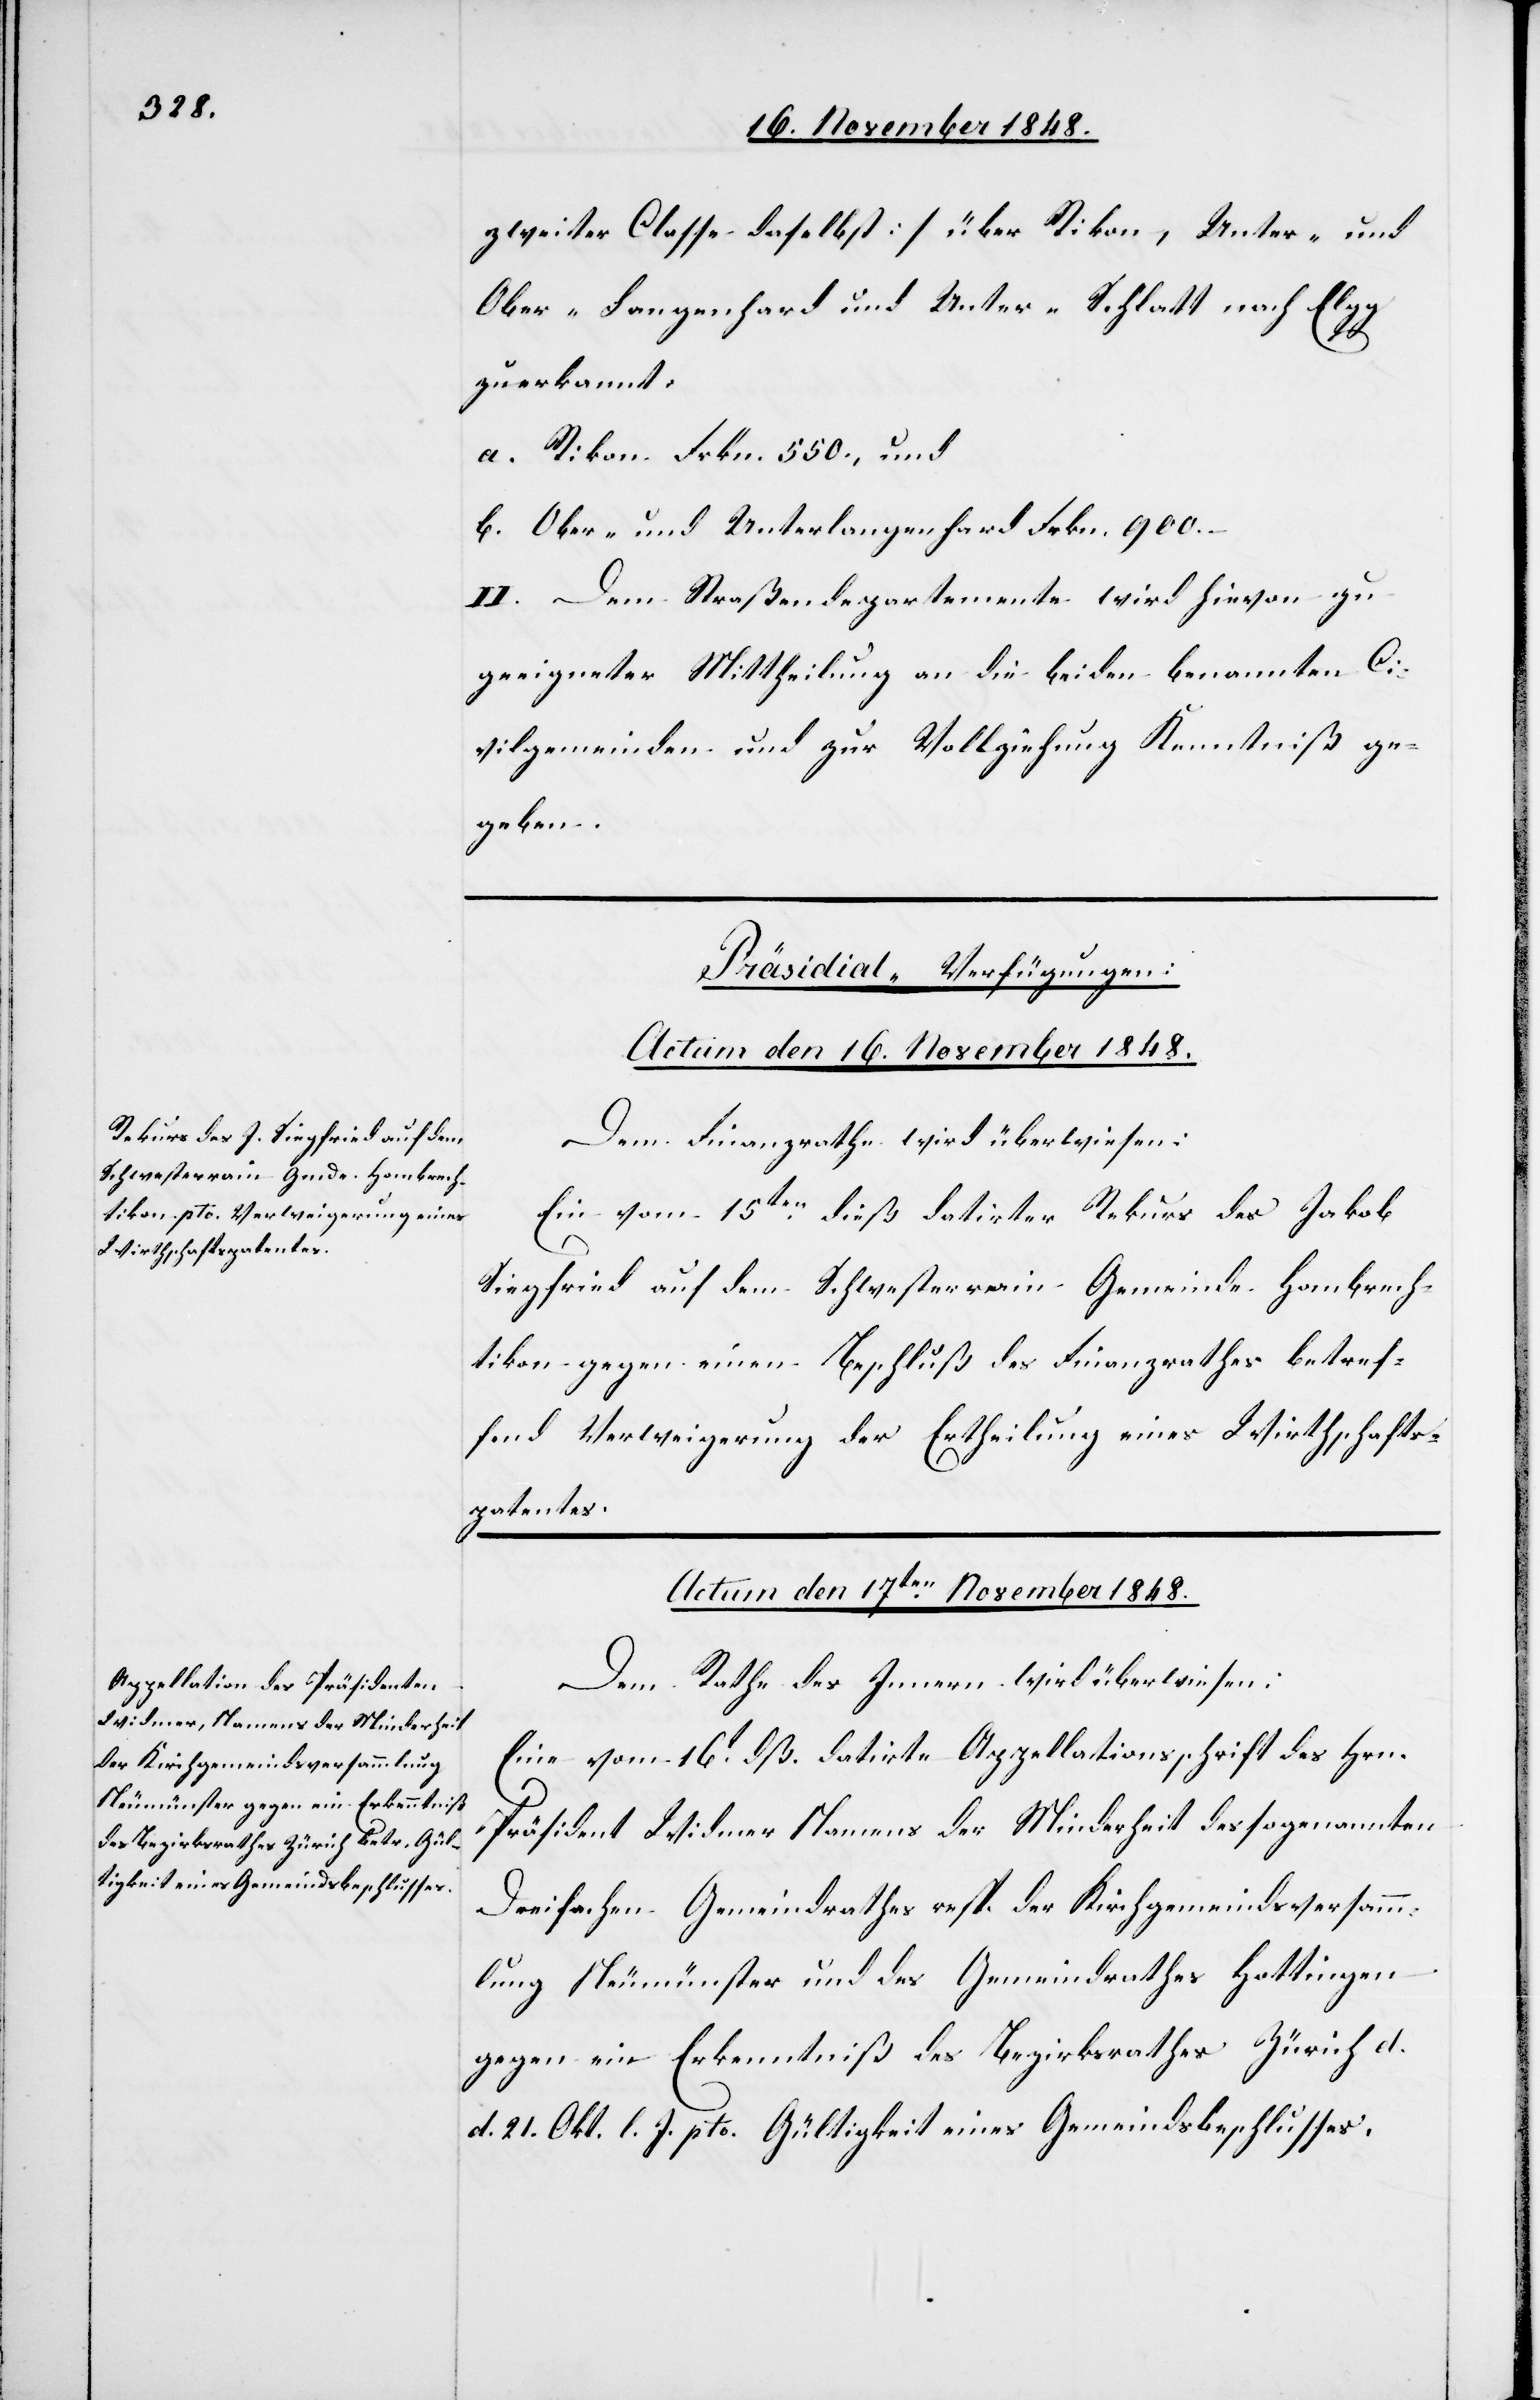
zweiter Classe daselbst] über Rikon, Unter- und
Ober-Langenhard und Unter-Schlatt nach Elgg
zuerkannt.
a. Rikon Frkn. 500, und
b. Ober- und Unterlangenhard Frkn. 900.
II. Dem Straßendepartemente wird hievon zu
geeigneter Mittheilung an die beiden benannten C¬
ivilgemeinden und zur Vollziehung Kenntniß ge¬
geben.
[Präsidial-Verfügungen.]
Actum den 16. November 1848.
Dem Finanzrathe wird überwiesen:
Ein vom 15ten dieß datirter Rekurs des Jakob
Siegfried auf dem Schwesterrain Gemeinde Hombrech¬
tikon gegen einen Beschluß des Finanzrathes betref¬
fend Verweigerung der Ertheilung eines Wirthschafts¬
patentes.
Actum den 17ten November 1848.
Dem Rathe des Innern wird überwiesen:
Eine vom 16t dß. datirte Appellationsschrift des Hrn.
Präsident Widmer Namens der Minderheit des sogenannten
Dreifachen Gemeindrathes resp. der Kirchgemeindsversamm¬
lung Neumünster und des Gemeindrathes Hottingen
gegen ein Erkenntniß des Bezirksrathes Zürich d.
d. 21. Okt. l. J. pto. Gültigkeit eines Gemeindsbeschlusses.